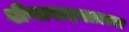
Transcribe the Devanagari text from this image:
वीणावादनतत्परा